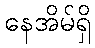
နေအိမ်ရှိ